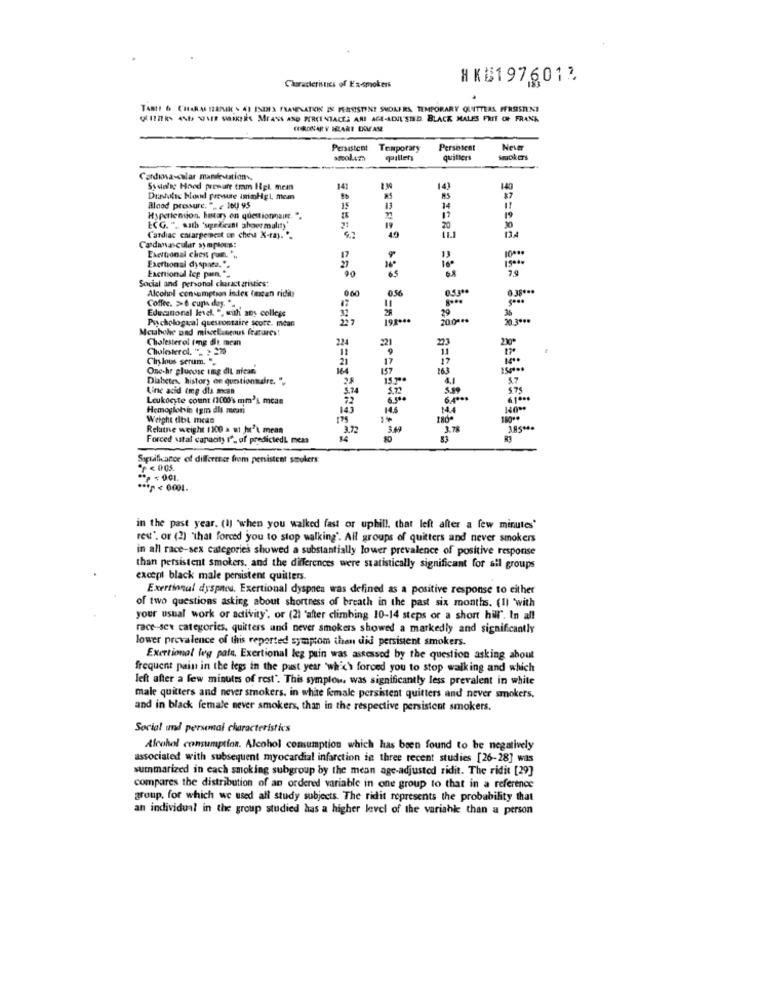
#KB1976012
Characteristics of Ex-smokers
TARIF & CHARAL IZAMEK - 43 INDES FRAMESATION IS PERSISTINI SMOKERS, TEMPORARY QUITTEAS PERSISTENT
GUITAR AND SEE VIRKE MEANS AND PERCENIACES ARI ACE-ADNUL'STID. BLACK MALES FRIT OF FRANK
CORONARY HEART DOVE AME
Persistent Temporary
Persistent
Never
pallets
qaritiers
Smokers
Cardiona calar mandesation.
Sistele Hood preware tram Hpl mean
Dustolic bond pressure inimHgt mem
Blood pressure, " ... 100 95
Hypertension, hastary en questionnaire. ".
15
19
ECG. ". sath 'sgelicant abnormalit)'
124
Cardiac carargencat on chew X-ray. ".
Cardiovascular symplous:
10 ***
Exertional chess pom. ...
13
Exertional dyspata.".
Exctional Icp pun *_
00
10º
99
Social and personal characteristics:
Alcohol consumption index (incan ridit
000
0.56
0.38 ***
Coffee. >6 cups day. *_
0.53 **
Educational level. ". with ans college
Psychological quessontaire score. mcan
227
195 ***
36
20 3000
Mcwhohe und miscellaneous features!
Cholesterol fong dit mean
224
Cholesterol, "_ : 270
2age
Cirylous serum. ".
21
17
Onc-hr glucose img dit nican.
164
16.3
150000
Diabetes, history en questionnaire. ">
28
15.200
5.7
Vinc acid tmg dla #can
5.72
Leukocyte count (1000's mm's mean
6.4000
Hemoglobin (gm dll men
143
14.4
Weight dbt mean
180*
Relate weight 1100 a wt he's mean
3.72
3.49
3.78
Forced ustal capacity ("_ of predictedL mez
Sogtaflance of differteer from persistent smokers:
F < 005.
in the past year. (I) 'when you walked fast or uphill. that left after a few minutes'
rest". or (2) "that forced you to stop walking'. All groups of quitters and never smokers
in all race-sex categories showed a substantially lower prevalence of positive response
than persistent smokers, and the differences were statistically significant for all groups
except black male persistent quitters.
Exertional dyspnea. Exertional dyspnea was defined as a positive response to either
of two questions asking about shortness of breath in the past six months. (Il 'with
your usual work or adivity'. or (2) "after climbing 10-14 steps or a short hill". In all
race-sex categories. quitters and never smokers showed a markedly and significantly
lower prevalence of this reported symptom then di persistent smokers.
Exertional Weg pata, Exertional leg pain was assessed by the question asking about
frequent pain in the legs in the past year 'wh'c'\ forced you to stop walking and which
left after a few minutes of rest". This symplow. was significantly less prevalent in white
male quitters and never smokers, in white female persistent quitters and never smokers.
and in black female never smokers, than in the respective persistent smokers.
Social and personai characteristics
Alcohol consumption. Alcohol consumption which has been found to be negatively
associated with subsequent myocardial infarction in three recent studies [26-28] was
summarized in each smoking subgroup by the mean age-adjusted ridit. The ridit [29]
compares the distribution of an ordered variable in one group to that in a reference
group. for which we used all study subjects. The ridit represents the probability that
an individual in the group studied has a higher level of the variable than a person